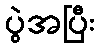
ပွဲအပြီး